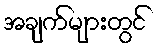
အချက်များတွင်